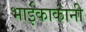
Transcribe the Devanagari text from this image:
भाईकाकांनी